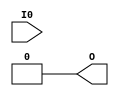
module LUT1 (O, I0);

    parameter INIT = 2'h0;

    input I0;

    output O;
    
    wire O;

    assign O = (INIT[0] == INIT[1]) ? INIT[0] : INIT[I0];

endmodule